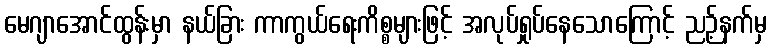
မေဂျာအောင်ထွန်းမှာ နယ်ခြား ကာကွယ်ရေးကိစ္စများဖြင့် အလုပ်ရှုပ်နေသောကြောင့် ညဉ့်နက်မှ